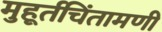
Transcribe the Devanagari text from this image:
मुहूर्तचिंतामणी